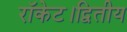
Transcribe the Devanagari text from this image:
रॉकेट।द्वितीय